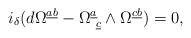
LaTeX: \begin{align*}i_{\delta} (d \Omega^{\underline{a}\underline{b}} -\Omega^{\underline{a}}_{~\underline{c}} \wedge\Omega^{\underline{c}\underline{b}}) = 0 ,\end{align*}